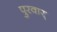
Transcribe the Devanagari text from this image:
पुरवार्